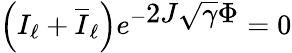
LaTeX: \left(I_{\ell}+\overline{{I}}_{\ell}\right)e^{-\displaystyle 2J\sqrt{\gamma}\Phi}=0